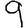
Digit: 9